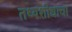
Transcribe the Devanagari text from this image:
तथ्यशोधाचा